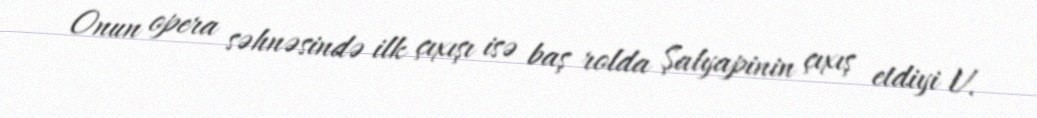
Onun opera səhnəsində ilk çıxışı isə baş rolda Şalyapinin çıxış etdiyi V.